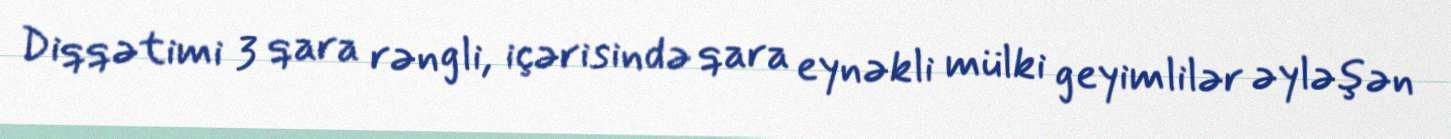
Diqqətimi 3 qara rəngli, içərisində qara eynəkli mülki geyimlilər əyləşən